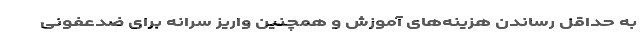
به حداقل رساندن هزینه‌های آموزش‌ و همچنین واریز سرانه برای ضدعفونی